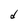
Character: d